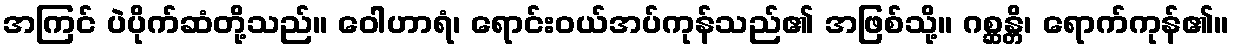
အကြင် ပဲပိုက်ဆံတို့သည်။ ဝေါဟာရံ၊ ရောင်းဝယ်အပ်ကုန်သည်၏ အဖြစ်သို့။ ဂစ္ဆန္တိ၊ ရောက်ကုန်၏။